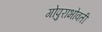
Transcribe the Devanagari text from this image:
गोपुराभोवती